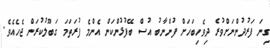
ގިނަ ފަރުދުންނަށްވުރެ ދިވެހިބަހަށް ފުންނާބު އުސް ބޭފުޅުންކަން އެންމެ ފުރަތަމަ ގަބޫލުކުރަން ޖެހެއެވެ.